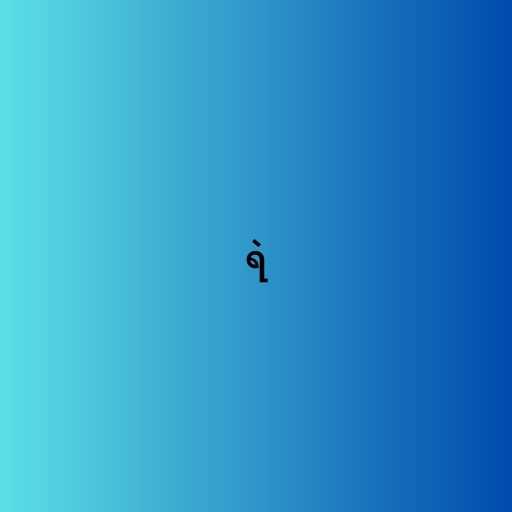
ရဲ